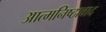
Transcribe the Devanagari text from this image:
आत्मनिष्ठावाद